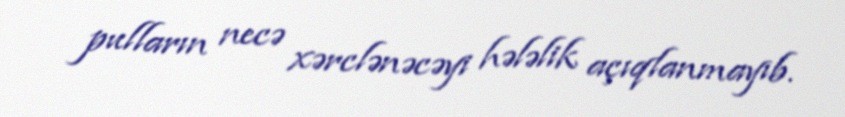
pulların necə xərclənəcəyi hələlik açıqlanmayıb.